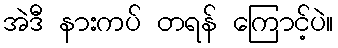
အဲဒီ နားကပ် တရန် ကြောင့်ပဲ။